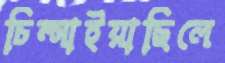
চিম্‌সাইয়াছিলে